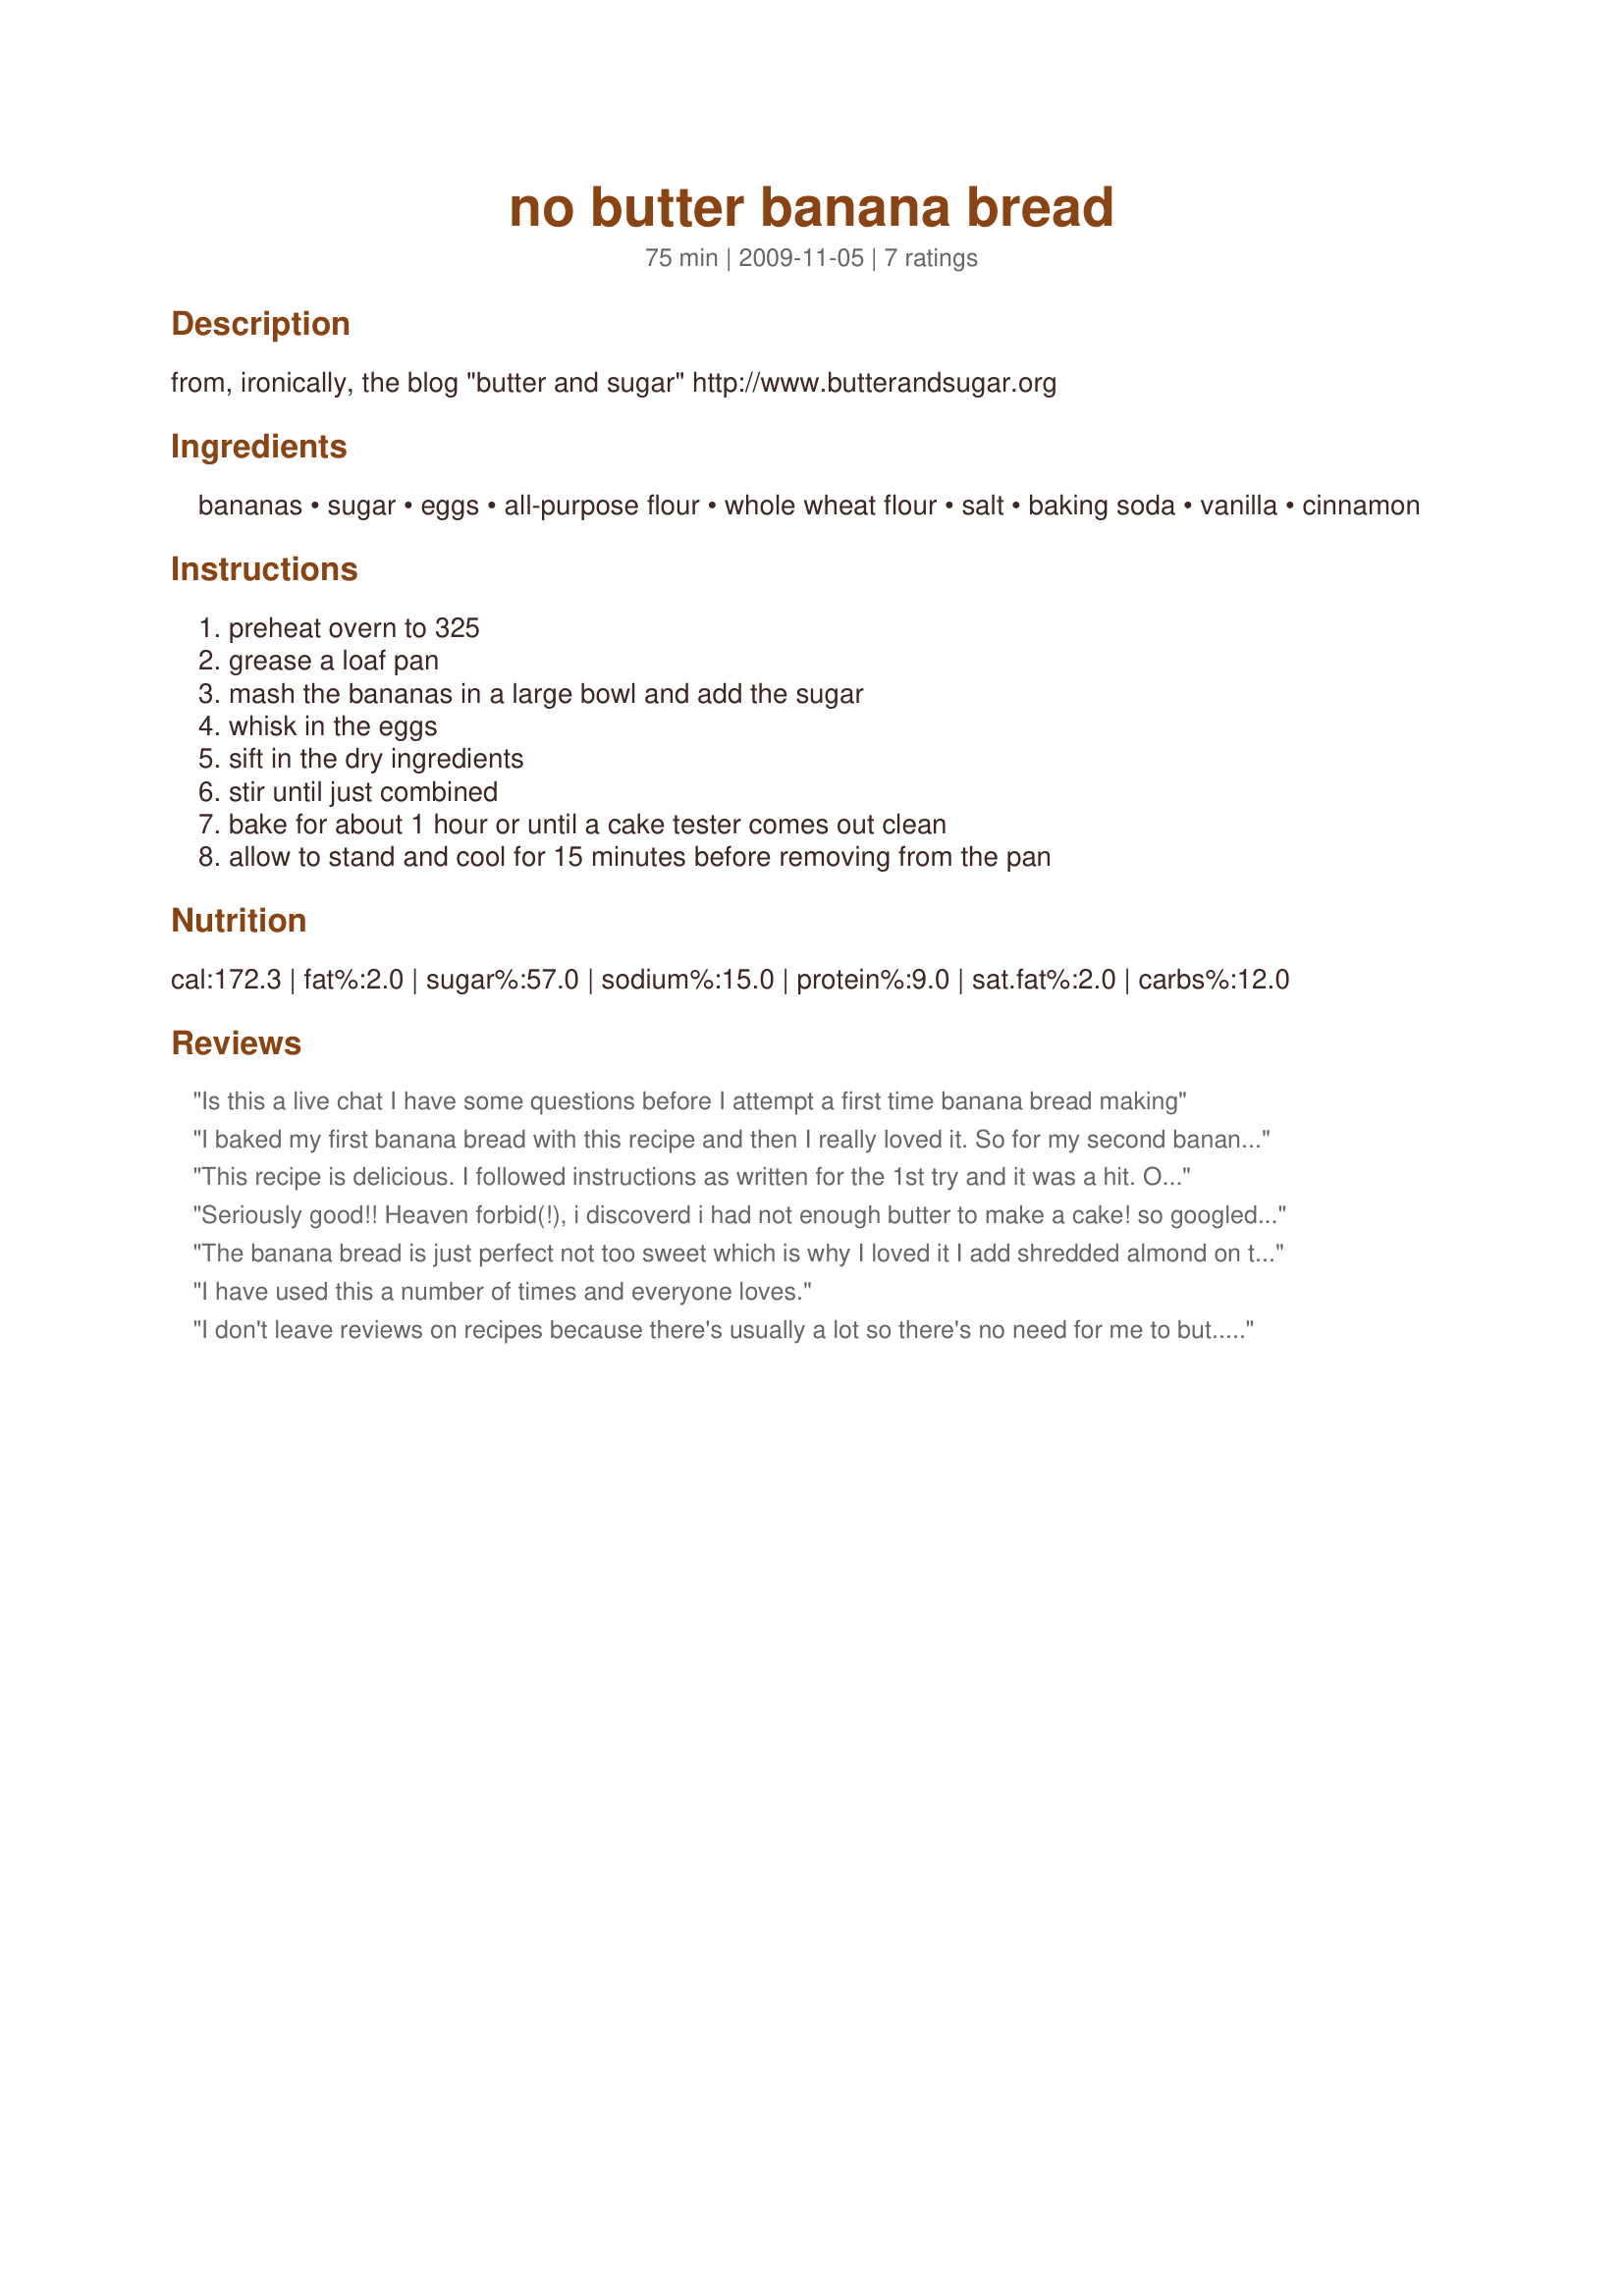
no butter banana bread
Preparation time: 75 minutes

from, ironically, the blog "butter and sugar" http://www.butterandsugar.org

Ingredients:
bananas, sugar, eggs, all-purpose flour, whole wheat flour, salt, baking soda, vanilla, cinnamon

Steps:
preheat overn to 325, grease a loaf pan, mash the bananas in a large bowl and add the sugar, whisk in the eggs, sift in the dry ingredients, stir until just combined, bake for about 1 hour or until a cake tester comes out clean, allow to stand and cool for 15 minutes before removing from the pan

Reviews:
Is this a live chat I have some questions before I attempt a first time banana bread making
I baked my first banana bread with this recipe and then I really loved it. So for my second banana bread, I made some modifications to this recipe.<br/>I added 1/4 cup of semolina and 1/2 cup of dried fruit mix.<br/>It turned out to be a huage success ! I love this fruity scent in my banana bread.<br/>The only mistake I made is that I did not reduce the amount of sugar in it contingent on the amount of dried fruit I put. It is quite too sweet to my taste but it is good anyway.
This recipe is delicious. I followed instructions as written for the 1st try and it was a hit. On the second attempt, I added some pecans and chocolate chips, greased the loaf pan with butter and brown sugar, and it was amazing! I turned the heat up to 350 for an additional 5 minutes to get the outside very brown and crusty, and it worked like a charm. I highly recommend this recipe as is, or doctored up with your favorite goodies.
Seriously good!! Heaven forbid(!), i discoverd i had not enough butter to make a cake! so googled &#039;betterless banana loaf&#039; &amp; found this recipe. Doubled it (usualy triple recipies so double was being moderate) .....OH MY GOODNESS! kids (my 4 boys and several neighboughing kids) practically demolished it after school (managed to save a slither for hubbys lunch tomorrow!) Wont be looking for any other banana cake recepie any time soon (&amp; will try adding nuts next time!) YUM! YUM!
The banana bread is just perfect not too sweet which is why I loved it I add shredded almond on top, next time I&#039;ll mix it in.
I have used this a number of times and everyone loves.
I don't leave reviews on recipes because there's usually a lot so there's no need for me to but... I signed up and decided to leave a review because it's just THAT good. I haven't baked Banana Bread for a long time and I had no butter so I googled, &quot;Butterless Banana Bread&quot; and I found this recipe and decided to give it a go after reading reviews. I decided to add chopped Walnuts and chocolate chips cut from chocolate truffles and it was HEAVENLY. I decided to put in half white sugar and half honey powder just to have it a bit more healthier and it tasted just lovely! I love that this recipe isn't too sweet! Probably the best Butterless Banana Bread out there!!! I TOTALLY RECOMMEND THIS RECIPE!!! :D
